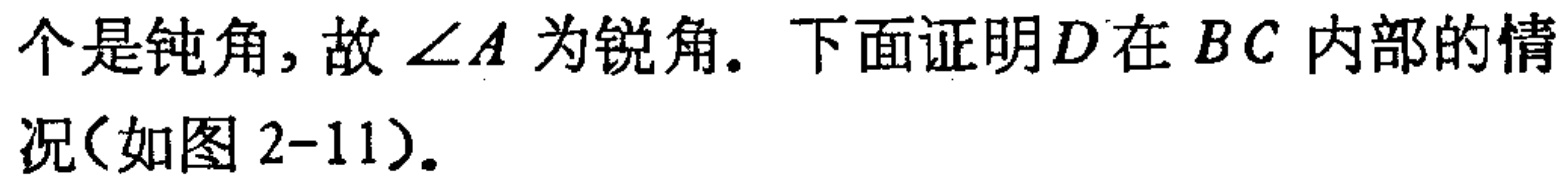
个是钝角, 故\(\angle A\)为锐角. 下面证明\(D\)在\(BC\)内部的情况(如图2-11).